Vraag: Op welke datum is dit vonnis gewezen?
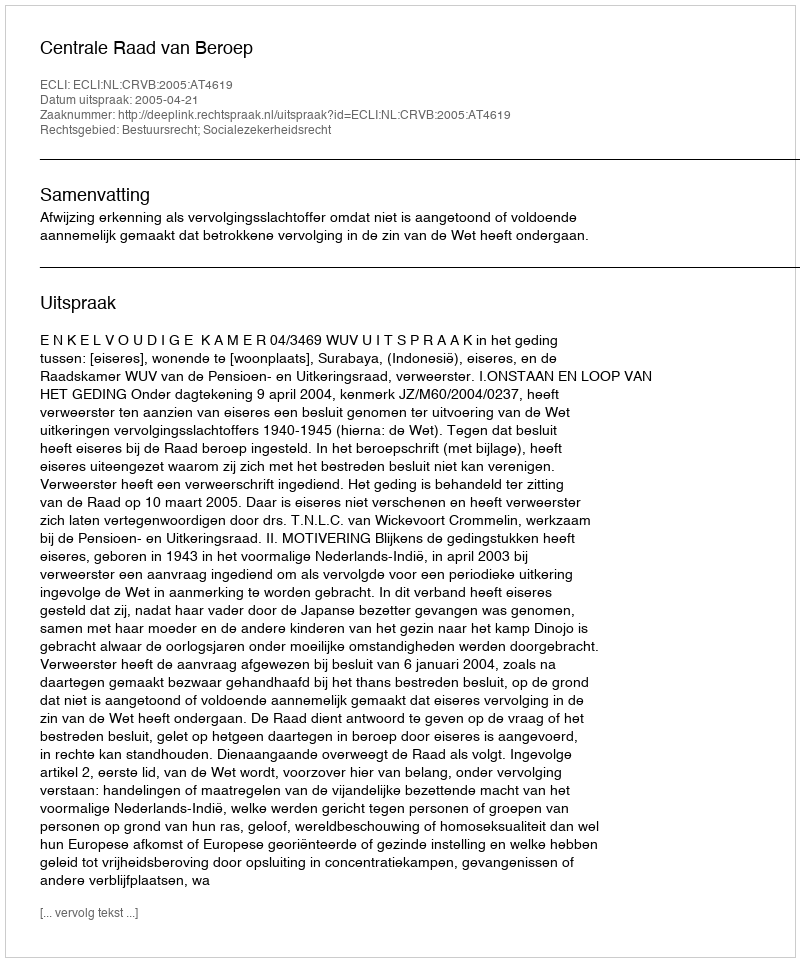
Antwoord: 2005-04-21